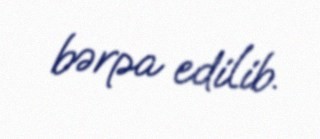
bərpa edilib.